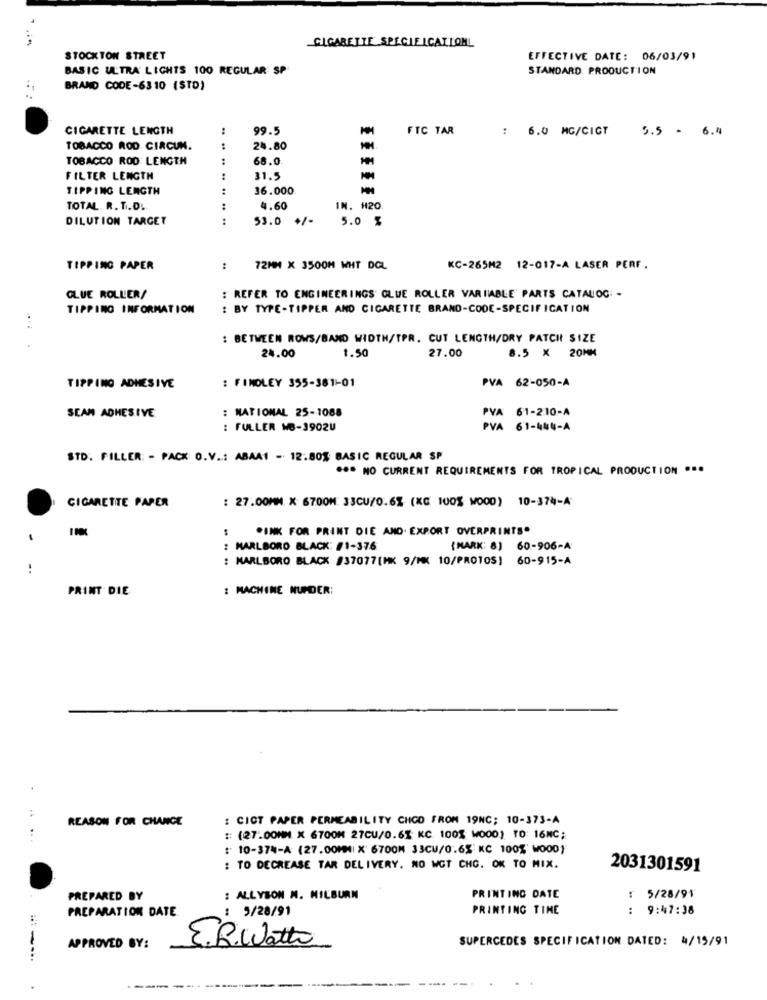
CIGARETTE SPECIFICATIONL
STOCKTON STREET
EFFECTIVE DATE: 06/03/91
BASIC ULTRA' LIGHTS 100 REGULAR SP
STANDARD. PRODUCTION
BRAND CODE-6310 (STO)
CIGARETTE LENGTH
99.5
FTC TAR
: 6.0 MG/CIGT
5.5 - 6.4
TOBACCO ROD CIRCUM.
24.80
TOBACCO ROD LENGTH
68.0
FILTER LENGTH
....
31.5
TIPPING LENGTH
36.000
TOTAL. R. T.D.
4.60
IN. H20
DILUTION TARGET
.. ..
53.0 +/-
5.0 %
TIPPING PAPER
72MM X 3500M WHT DEL
KC-265M2 12-017-A LASER PERF.
GLUE ROLLER/
: REFER TO ENGINEERINGS' GLUE ROLLER VARIABLE PARTS CATALOG -
TIPPING INFORMATION
: BY TYPE-TIPPER AND CIGARETTE BRAND-CODE-SPECIFICATION
: BETWEEN ROWS/BAND WIDTH/TPR. CUT LENGTH/DRY PATCH SIZE
24.00
1.50
27.00
8.5 X 20MM
PVA 62-050-A
TIPPING ADHESIVE
: FINDLEY 355-381-01
: NATIONAL 25-1088
PYA
61-210-A
SEAM ADHESIVE
: FULLER MB-3902U
PVA 61-444-A
STD. FILLER: - PACK O.V ..: ABAA1 - 12.80% BASIC REGULAR SP
*** NO CURRENT REQUIREMENTS FOR TROPICAL PRODUCTION ...
: 27.00MM X 6700M: 33CU/0.6% (XC 100% WOOD) 10-374-A
CIGARETTE PAPER
PINK FOR PRINT DIE AND. EXPORT OVERPRINTS.
: MARLBORO BLACK: #1-376
{MARK: 8) 60-906-A
: MARLBORO BLACK #37077(MK 9/MX 10/PROTOS] 60-915-A
PRINT DIE
: MACHINE NUPDER:
REASON FOR CHANGE
: CIOT PAPER PERMEABILITY CHOD FROM 19NC; 10-373-A
...
: (27.00MM X 6700M 27CU/0.6% KC 100% W000) TO: 16MC;
: 10-37%-A (27.00MM| X' 6700M 33CU/0.6% KC 100%' WOOD)
: TO DECREASE TAR DELIVERY. NO WGT CHG. OK TO MIX.
2031301591
PREPARED BY
: ALLYSON M. MILBURN
PRINTING DATE
: 5/28/91
PREPARATION DATE
PRINTING TIME
: 9:47:38
: 9/28/91
SUPERCEDES SPECIFICATION DATED: 4/15/91
APPROVED BY:
E.B. Watt
.:-...